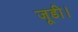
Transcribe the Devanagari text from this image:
जूडी।